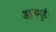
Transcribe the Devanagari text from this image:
आनमुडी